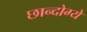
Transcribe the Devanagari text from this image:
छान्दोग्ये